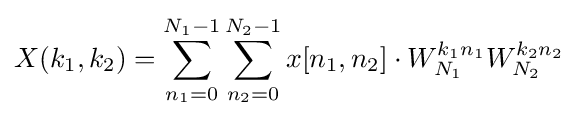
X(k_{1},k_{2})=\sum _{n_{1}=0}^{N_{1}-1}\sum _{n_{2}=0}^{N_{2}-1}x[n_{1},n_{2}]\cdot W_{N_{1}}^{k_{1}n_{1}}W_{N_{2}}^{k_{2}n_{2}}